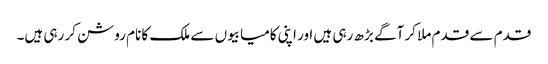
قدم سے قدم ملا کر آگے بڑھ رہی ہیں اور اپنی کامیابیوں سے ملک کا نام روشن کر رہی ہیں۔